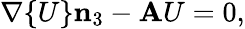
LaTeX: \mathbf{\nabla}\{ U\} \mathbf{n}_{3}-\mathbf{A}U=0,